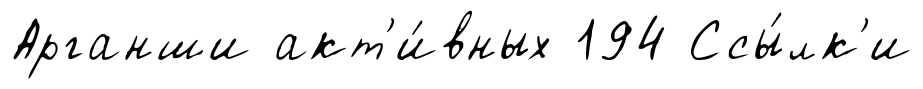
Арганши акт'и́вных 194 Ссы́лк'и